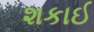
શકાઈ